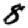
Digit: 8